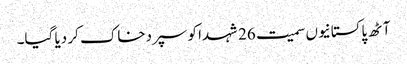
آٹھ پاکستانیوں سمیت 26 شہدا کو سپردخاک کر دیا گیا۔